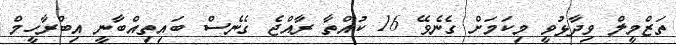
ތަޒްމީލް ވިދާޅުވީ މިކަމަށް ގެނެވޭ 16 ކުއްތާ ރާއްޖެ ގެނެސް ބައިތިއްބާނީ އިބްރާހީމް